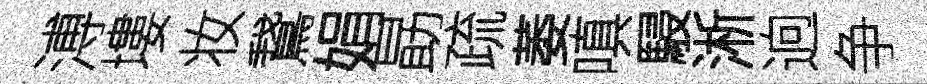
溥塿妆鵞娟勗疏萎嗔駸淅逈争